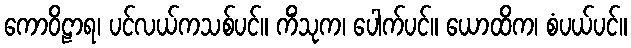
ကောဝိဠာရ၊ ပင်လယ်ကသစ်ပင်။ ကိံသုက၊ ပေါက်ပင်။ ယောထိက၊ စံပယ်ပင်။